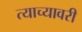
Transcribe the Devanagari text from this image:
त्याच्यावरी